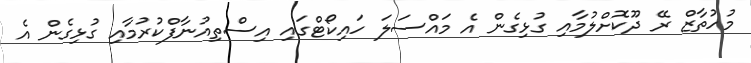
މުހުތާޒް ރޭ ދޫކޮށްލުމާއި ގުޅިގެން އެ މައްސަލަ ހައިކޯޓްގައި އިސްތިއުނާފްކުރުމާއި ގުޅިގެން އެ